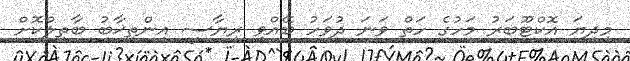
މިދިޔަ އޮކްޓޫބަރު މަހުގެ ހަތް ވަނަ ދުވަހު ބޭއްވި ރިޔާސީ އިންތިޚާބު ބާތިލްކޮށް